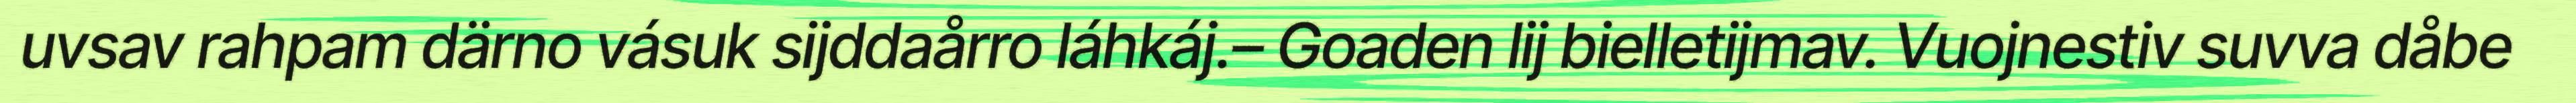
uvsav rahpam därno vásuk sijddaårro láhkáj.– Goaden lij bielletijmav. Vuojnestiv suvva dåbe